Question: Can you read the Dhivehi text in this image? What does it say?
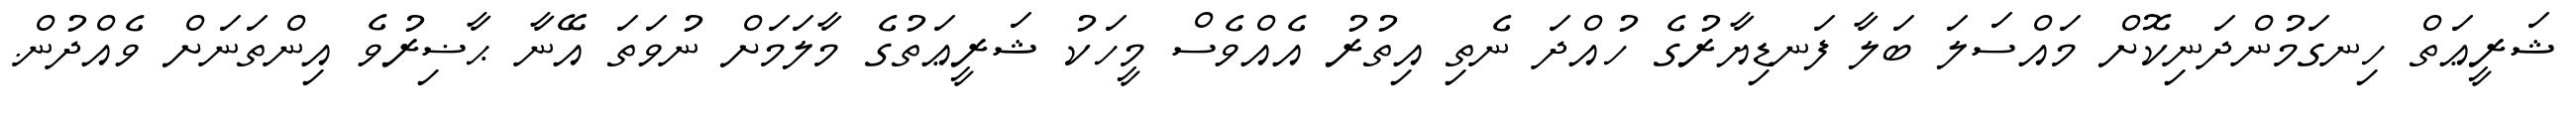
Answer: ޝަރީޢަތް ހިނގަމުންދަނިކޮށް މައްސަލަ ބަލާ ފަނޑިޔާރުގެ ހުއްދަ ނެތި އިތުރު އެއްވެސް މީހަކު ޝަރީޢަތުގެ މާލަމަށް ނުވަތަ އޭނާ ޙާޟިރުވެ އިންތަނަށް ވެއްދުން.